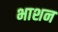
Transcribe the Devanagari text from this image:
भाशन